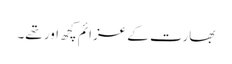
بھارت کے عزائم کچھ اور تھے۔